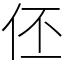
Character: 伾